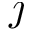
\jmath